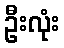
ဦးလုံး